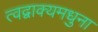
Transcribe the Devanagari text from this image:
त्वद्वाक्यमधुना